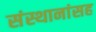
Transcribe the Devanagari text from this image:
संस्थानांसह